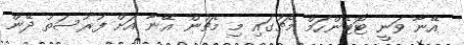
އޭނާ ވަނީ ޓޮޓެންހަމް މެޗުގައި މި މެޗުން އޭނާ އަށް ފުރުސަތު ދޭން